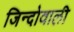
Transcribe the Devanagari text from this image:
जिन्दोवाली